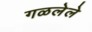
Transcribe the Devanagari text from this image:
गळलेले